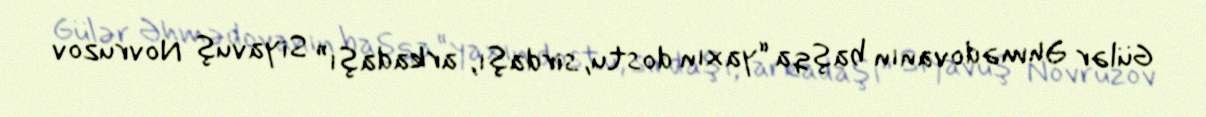
Gülər Əhmədovanın başqa “yaxın dostu, sirdaşı, arkadaşı” Siyavuş Novruzov